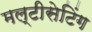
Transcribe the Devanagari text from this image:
मल्टीसेटिंग